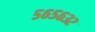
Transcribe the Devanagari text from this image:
५६५६३२